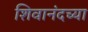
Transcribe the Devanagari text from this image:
शिवानंदच्या